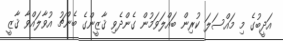
އަދީބުގެ މި މައްސަލަ ކުރިން ބައްލަވަމުން ގެންދެވި ޤާޒީންގެ ބެންޗު އުވާލައްވާ ޤާޒީ